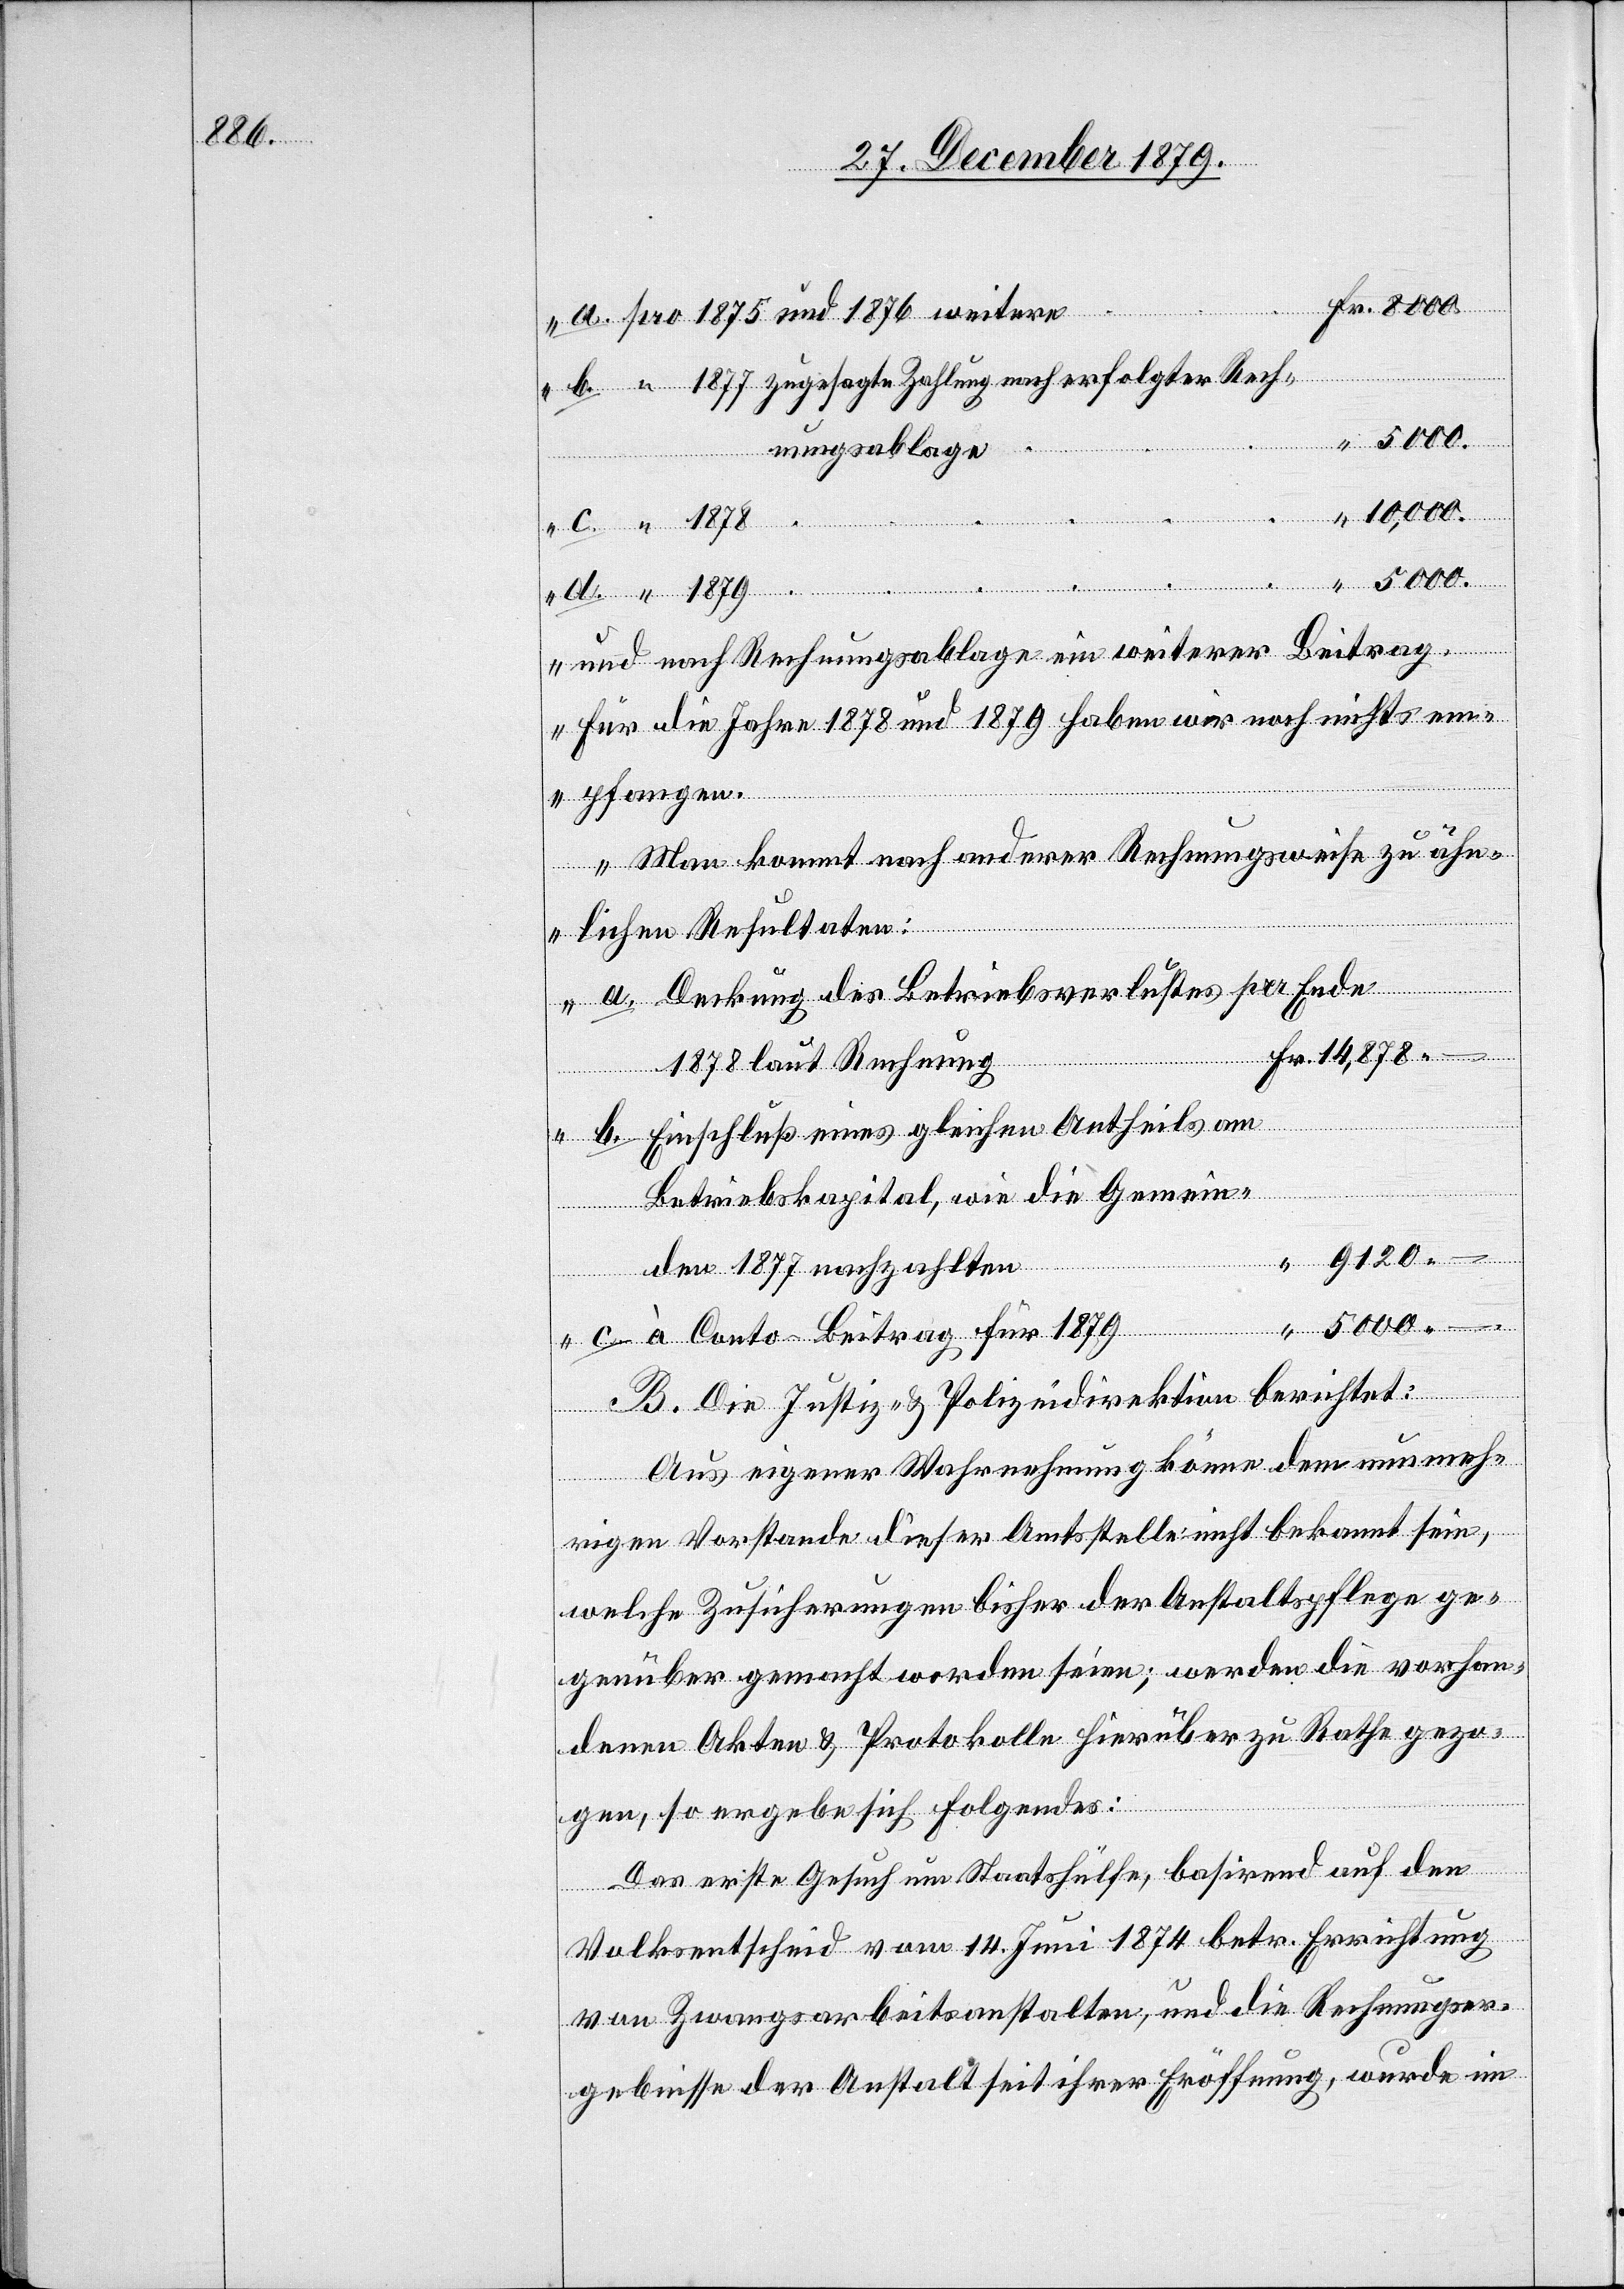
und
5000.–
Rech¬
nungsablage
Zahlung
und nach Rechnungsablage ein weiterer Beitrag.
Für die Jahre 1878 und 1879 haben wir noch nichts e¬
mpfangen.
Man kommt nach anderer Rechnungsweise zu ähn¬
lichen Resultaten:
Deckung des Betriebsverlustes per Ende
1878 laut Rechnung
Einschluß eines gleichen Antheils am
Betriebskapital, wie die Gemein¬
9120.–
den 1877 nachzahlten
c.
à Conto-Beitrag für 1879
B. Die Justiz- & Polizeidirektion berichtet:
Aus eigener Wahrnehmung könne dem nunmeh¬
b.
rigen Vorstande dieser Amtsstelle nicht bekannt sein,
welche Zusicherungen bisher der Anstaltspflege ge¬
genüber gemacht worden seien; werden die vorhan¬
denen Akten & Protokolle hierüber zu Rathe gezo¬
gen, so ergebe sich folgendes:
Das erste Gesuch um Staatshülfe, basirend auf den
Volksentscheid vom 14. Juni 1874 betr. Errichtung
von Zwangsarbeitsanstalten, und die Rechnungser¬
gebnisse der Anstalt seit ihrer Eröffnung, wurde im